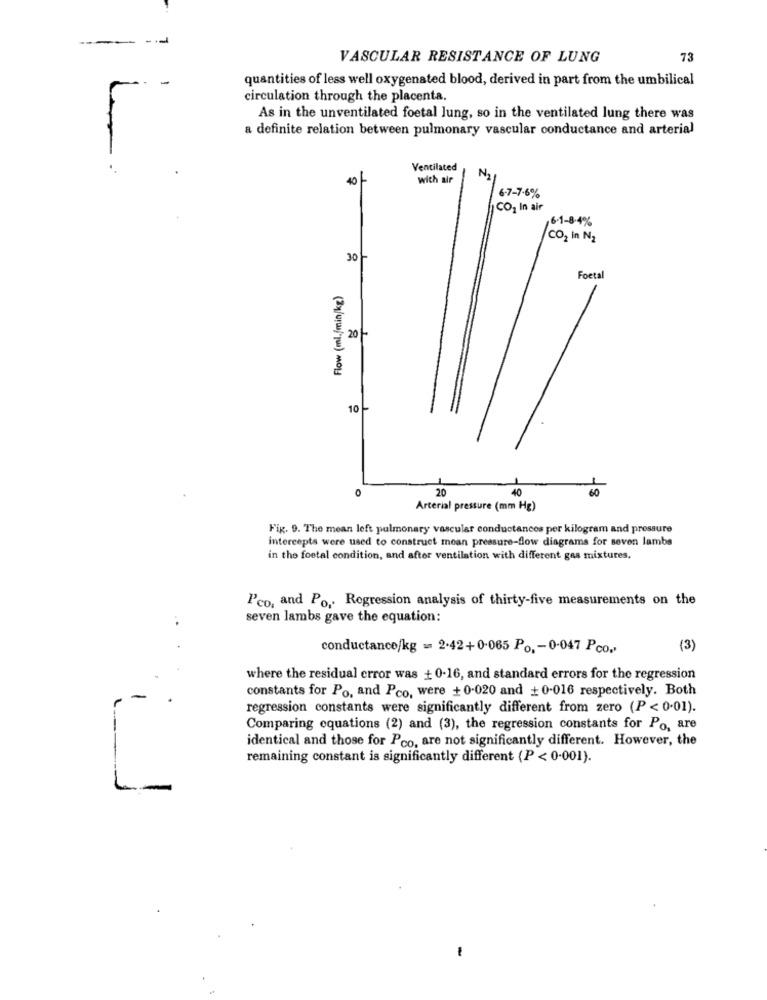
-
-
VASCULAR RESISTANCE OF LUNG
73
-
quantities of less well oxygenated blood, derived in part from the umbilical
circulation through the placenta.
As in the unventilated foetal lung, so in the ventilated lung there was
a definite relation between pulmonary vascular conductance and arterial
Ventilated
40 -
with air
N2
6-7-7-6%
CO2 In air
6.1-8-4%
CO2 In N2
30
Foetal
Flow (ml./min/kg)
201-
10-
20
40
60
Arterial pressure (mm Hg)
Fig. 9. The mean left pulmonary vascular conductances per kilogram and pressure
intercepts were used to construct moan pressure-flow diagrams for seven lambs
in the foetal condition, and after ventilation with different gas mixtures,
l'co, and Po, Regression analysis of thirty-five measurements on the
seven lambs gave the equation:
conductance/kg = 2.42+0.065 Po, - 0-047 Pco.'
(3)
where the residual error was + 0-16, and standard errors for the regression
constants for Po, and Pco, were + 0-020 and + 0-016 respectively. Both
-
regression constants were significantly different from zero (P < 0.01).
Comparing equations (2) and (3), the regression constants for Po, are
identical and those for Pco, are not significantly different. However, the
remaining constant is significantly different (P < 0-001).
L